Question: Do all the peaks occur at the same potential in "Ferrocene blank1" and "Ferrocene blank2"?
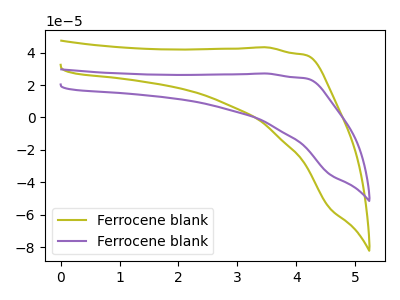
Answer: <think>The olive curve "Ferrocene blank1" has no peaks. The purple curve "Ferrocene blank2" has no peaks.</think>
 <answer>Niether CV has any peaks.</answer>
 <eval>blanks</eval>